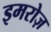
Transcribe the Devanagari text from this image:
इमरोज़